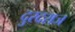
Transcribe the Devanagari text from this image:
दुरदराज